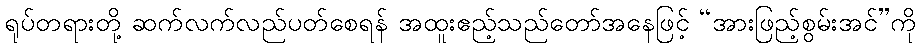
ရုပ်တရားတို့ ဆက်လက်လည်ပတ်စေရန် အထူးဧည့်သည်တော်အနေဖြင့် “အားဖြည့်စွမ်းအင်”ကို